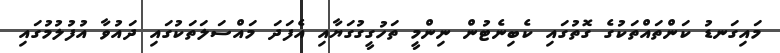
މައިގަނޑު ކަންތައްތަކުގެ ގޮތުގައި ކެބިނެޓުން ނިންމީ ތަހުގީގުގަޔާއި އެފަދަ މައްސަލަތަކުގައި ދައުވާ އުފުލުމުގައި